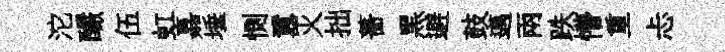
沱釅伍虹嘉埵惻囂火拙薔黑避鼓邁兩跌懵重忐